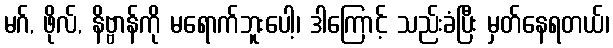
မဂ်, ဖိုလ်, နိဗ္ဗာန်ကို မရောက်ဘူးပေါ့၊ ဒါကြောင့် သည်းခံပြီး မှတ်နေရတယ်၊